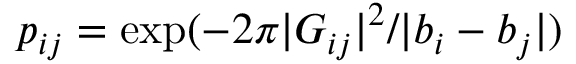
p _ { i j } = \exp ( - 2 \pi | { \cal G } _ { i j } | ^ { 2 } / | b _ { i } - b _ { j } | )